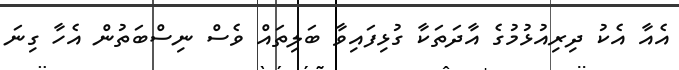
އެއާ އެކު ދިރިއުޅުމުގެ އާދަތަކާ ގުޅިފައިވާ ބަލިތައް ވެސް ނިސްބަތުން އެހާ ގިނަ